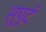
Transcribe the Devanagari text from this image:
सुपुर्दे